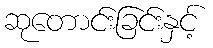
ဆုတောင်းခြင်းနှင့်